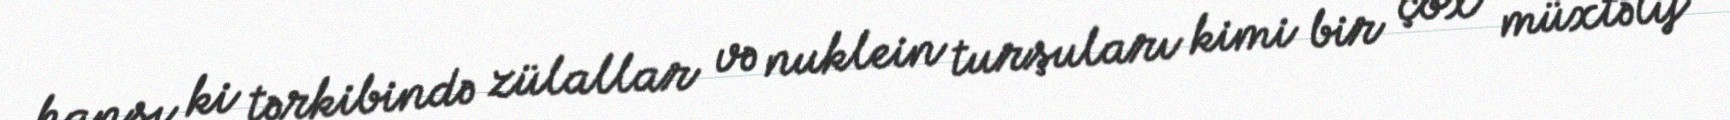
hansı ki tərkibində zülallar və nuklein turşuları kimi bir çox müxtəlif